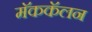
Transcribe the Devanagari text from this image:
मॅककॅलन